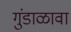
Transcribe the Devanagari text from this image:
गुंडाळावा